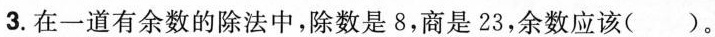
3.在一道有余数的除法中，除数是8，商是23，余数应该()。